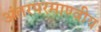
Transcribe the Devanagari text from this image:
अंतरपरमाण्वीय